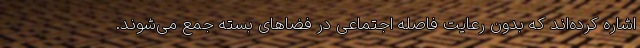
اشاره کرده‌اند که بدون رعایت فاصله اجتماعی در فضاهای بسته جمع می‌شوند.